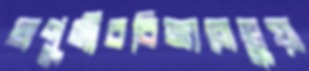
অণুজীববিজ্ঞানেভুয়া